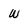
Character: W